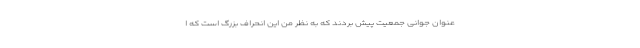
عنوان جوانی جمعیت پیش بردند که به نظر من این انحراف بزرگ است که ا